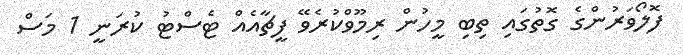
ފޮލޯވަރުންގެ ގޮތުގައި ތިބި މީހުން ރިމޫވްްކުރެވޭ ފީޗާއެއް ޓެސްޓު ކުރަނީ 1 މަސް